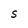
Character: S